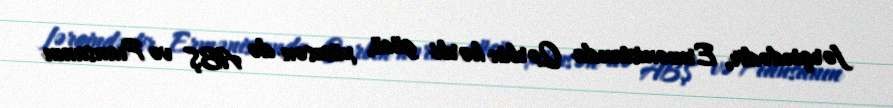
fərqindədir, Ermənistanda Qərbin hərbi gücü, xüsusən də ABŞ və Fransanın